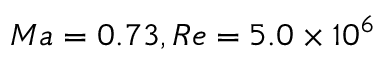
M a = 0 . 7 3 , R e = 5 . 0 \times 1 0 ^ { 6 }